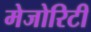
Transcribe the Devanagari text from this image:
मेजोरिटी